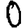
Digit: 0